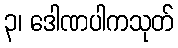
၃၊ ဒေါဏပါကသုတ်